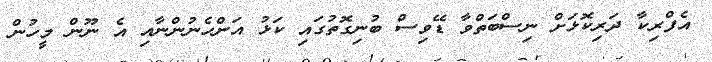
އެފްރިކާ ދަރިކޮޅަށް ނިސްބަތްވާ ޑޭވިސް ބުނިގޮތުގައި ކަޅު އަންހެނުންނާއި އެ ނޫން މީހުން